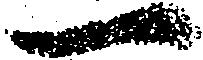
一